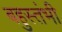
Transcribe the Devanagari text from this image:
बहुस्तंभी